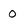
Character: 0